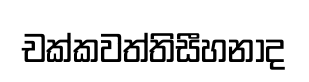
චක්කවත්තිසීහනාද